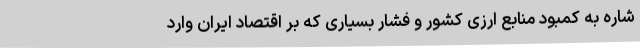
شاره به کمبود منابع ارزی کشور و فشار بسیاری که بر اقتصاد ایران وارد